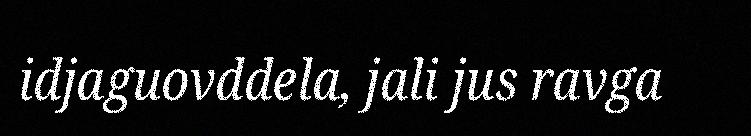
idjaguovddela, jali jus ravga